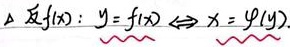
反函数：若\(y = f(x)\Leftrightarrow x=\varphi(y)\)